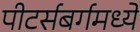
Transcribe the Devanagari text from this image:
पीटर्सबर्गमध्ये